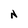
Character: N